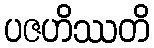
ပဇဟိဿတိ